Senior Leaving Certificate Examination (including Day School Certificate (Higher) General paper), 1947
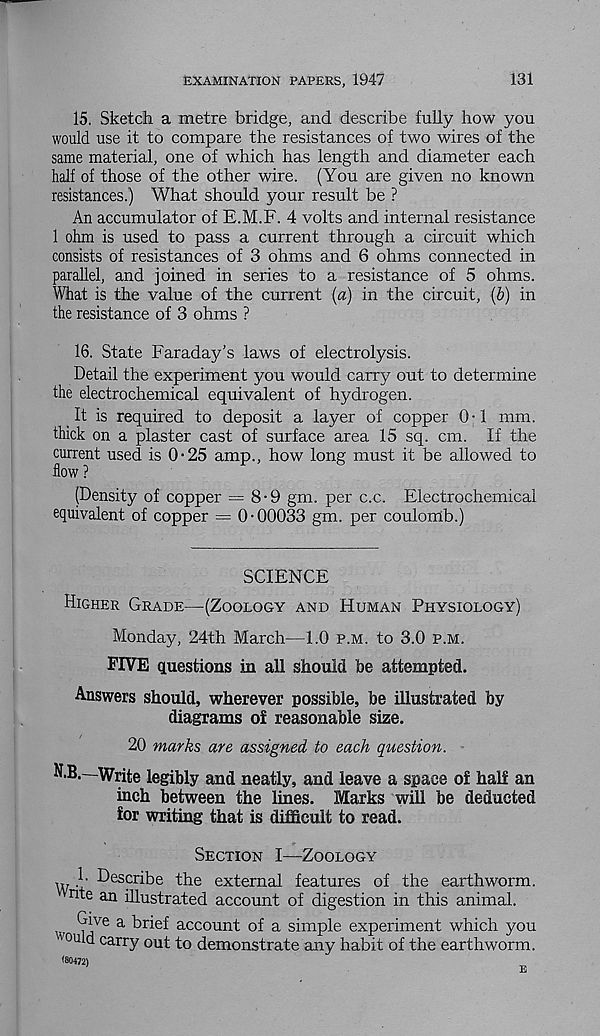
EXAMINATION PAPERS, 1947
131
15. Sketch a metre bridge, and describe fully how you
would use it to compare the resistances of two wires of the
same material, one of which has length and diameter each
half of those of the other wire. (You are given no known
resistances.) What should your result be ?
An accumulator of E.M.F. 4 volts and internal resistance
1 ohm is used to pass a current through a circuit which
consists of resistances of 3 ohms and 6 ohms connected in
parallel, and joined in series to a resistance of 5 ohms.
What is the value of the current (a) in the circuit, (b) in
the resistance of 3 ohms ?
16. State Faraday's laws of electrolysis.
Detail the experiment you would carry out to determine
the electrochemical equivalent of hydrogen.
It is required to deposit a layer of copper 0-1 mm.
thick on a plaster cast of surface area 15 sq. cm. If the
current used is 0-25 amp., how long must it be allowed to
flow ?
(Density of copper = 8-9 gm. per c.c. Electrochemical
equivalent of copper — 0-00033 gm. per coulomb.)
SCIENCE
Higher Grade—(Zoology and Human Physiology)
Monday, 24th March—1.0 p.m. to 3.0 p.m.
FIVE questions in all should be attempted.
Answers should, wherever possible, be illustrated by
diagrams o! reasonable size.
20 marks are assigned to each question.
N.B.—Write legibly and neatly, and leave a space of half an
inch between the lines. Marks will be deducted
for writing that is difficult to read.
Section I—Zoology
h Describe the external features of the earthworm,
rite an illustrated account of digestion in this animal.
?i ve a
account of a simple experiment which you
''Quid carry out to demonstrate any habit of the earthworm.
(80472)